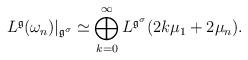
LaTeX: \begin{align*}L^{\frak{g}}(\omega_n)|_{\frak{g}^\sigma}\simeq\bigoplus_{k=0}^{\infty} L^{\frak{g}^\sigma}(2k\mu_1+2\mu_n).\end{align*}